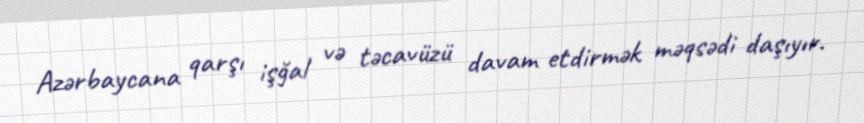
Azərbaycana qarşı işğal və təcavüzü davam etdirmək məqsədi daşıyır.